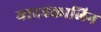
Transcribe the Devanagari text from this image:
यादवकालिन